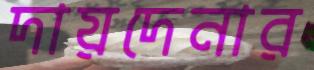
দায়দেনার